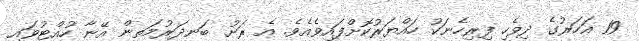
19 އަހަރުގެ ދިވެހި ފިރިހެނަކު ހައްޔަރުކޮށްފައިވެއެވެ. އެ ރަށު ބަނދަރުމަތިން އޭނާ ހުއްޓުވައި